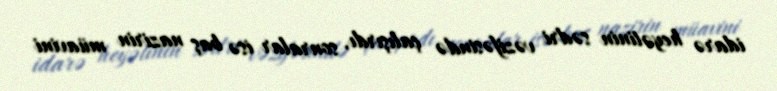
idarə heyətinin sədri vəzifəsində çalışırdı, sonralar isə baş nazirin müavini